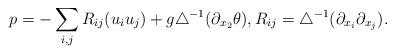
LaTeX: \begin{align*} p= - \sum_{i,j} R_{ij}(u_iu_j)+ g\triangle^{-1}(\partial_{x_2} \theta), R_{ij}=\triangle^{-1}(\partial_{x_i}\partial_{x_j}).\end{align*}